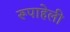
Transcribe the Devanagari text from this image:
रूपाहेली